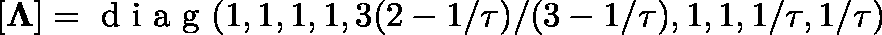
[ \mathbf { \Lambda } ] = \mathrm { ~ d ~ i ~ a ~ g ~ } ( 1 , 1 , 1 , 1 , 3 ( 2 - 1 / \tau ) / ( 3 - 1 / \tau ) , 1 , 1 , 1 / \tau , 1 / \tau )